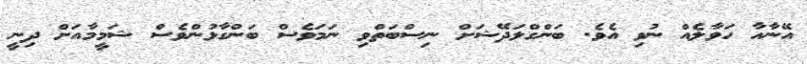
އޭނާއާ ހަވާލެއް ނުވި އެވެ. ބަންގްލަދޭޝަށް ނިސްބަތްވި ނަމަވެސް ބަންގާޅުންވެސް ޝަމީމާއަށް ދިނީ